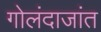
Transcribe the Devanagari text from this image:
गोलंदाजांत